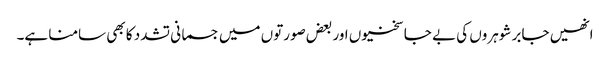
انھیں جابر شوہروں کی بے جا سختیوں اور بعض صورتوں میں جسمانی تشدد کا بھی سامنا ہے۔